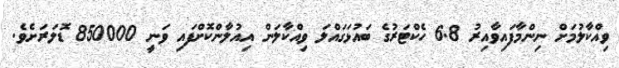
ވިއްކާލުމަށް ނިންމާފައިވާއިރު 6.8 ހެކްޓަރުގެ ބައުޅަގައްލަ ވިއްކާލަން އިއުލާންކޮށްފައި ވަނީ 850000 ޑޮލަރަށެވެ.